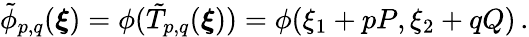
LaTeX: \tilde{\phi}_{p,q}(\boldsymbol{\xi})\overset{}{=}\phi(\tilde{T}_{p,q}(\boldsymbol{\xi}))\overset{}{=}\phi(\xi_{1}+pP,\xi_{2}+qQ)\, .